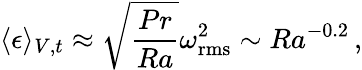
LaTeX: \langle\epsilon\rangle_{V,t}\approx\sqrt{\frac{Pr}{Ra}}\omega_{\mathrm{rms}}^{2}\sim Ra^{-0.2}\, ,